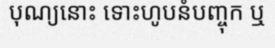
បុណ្យនោះ ទោះហូបនំបញ្ចុក ឬ